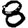
Digit: 8